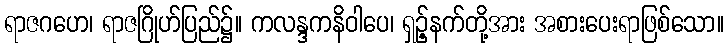
ရာဇဂဟေ၊ ရာဇဂြိုဟ်ပြည်၌။ ကလန္ဒကနိဝါပေ၊ ရှဉ့်နက်တို့အား အစားပေးရာဖြစ်သော။